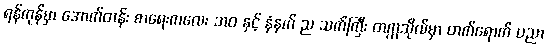
ရန်ကုန်မှာ အောက်တန်း စာရေးကလေး ဘဝ နှင့် နံနက် ည သက်ကြီး တက္ကသိုလ်မှာ တက်ရောက် ပညာ